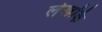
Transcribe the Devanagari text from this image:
लेखकि